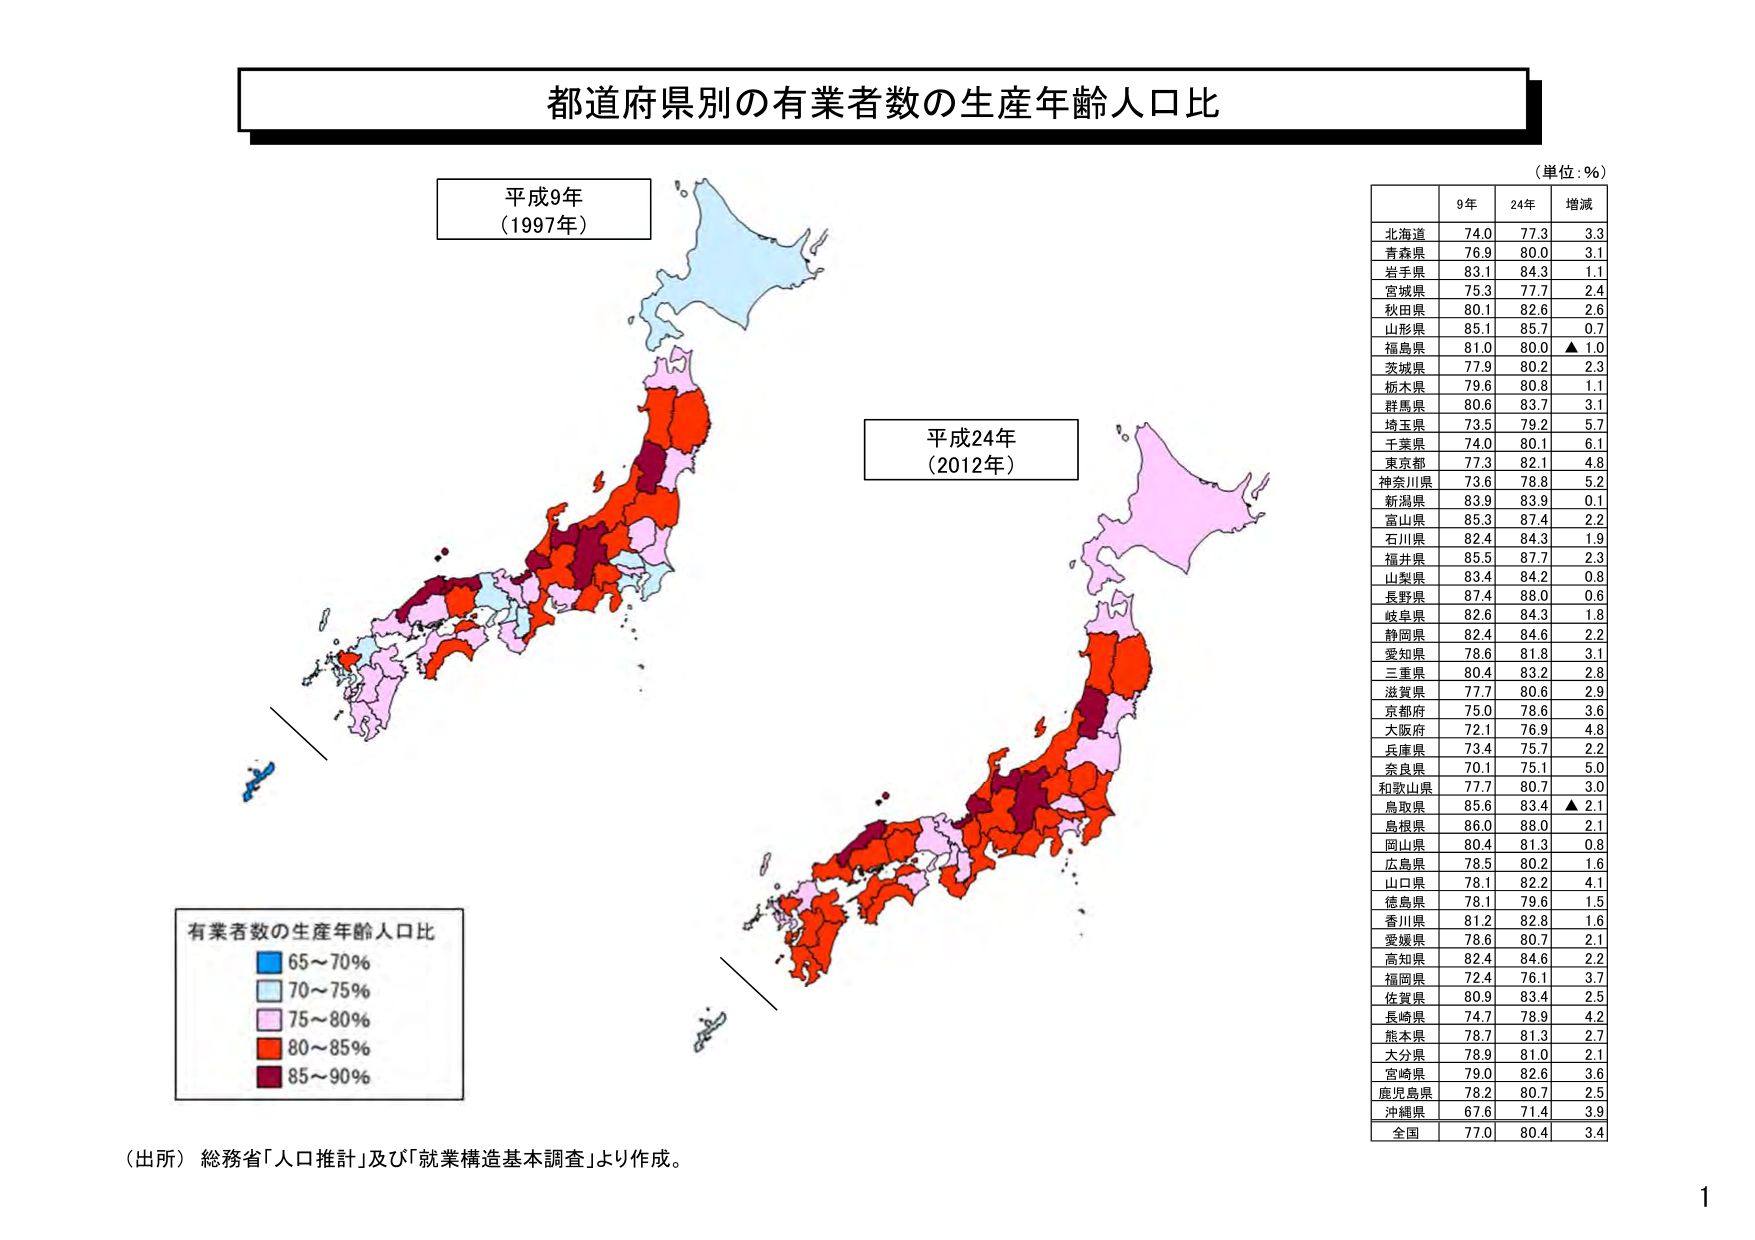
都道府県別の有業者数の生産年齢人口比

平成9年
(1997年)

平成24年
(2012年)

有業者数の生産年齢人口比
■ 65～70%
■ 70～75%
■ 75～80%
■ 80～85%
■ 85～90%

（単位：％）
9年 24年 増減
北海道 74.0 77.3 3.3
青森県 76.9 80.0 3.1
岩手県 83.1 84.3 1.1
宮城県 75.3 77.7 2.4
秋田県 80.1 82.6 2.6
山形県 85.1 85.7 0.7
福島県 81.0 80.0 ▲1.0
茨城県 77.9 80.2 2.3
栃木県 79.6 80.8 1.1
群馬県 80.6 83.7 3.1
埼玉県 73.5 79.2 5.7
千葉県 74.0 80.1 6.1
東京都 77.3 82.1 4.8
神奈川県 73.6 78.8 5.2
新潟県 83.9 83.9 0.1
富山県 85.3 87.4 2.2
石川県 82.4 84.3 1.9
福井県 85.5 87.7 2.3
山梨県 83.4 84.2 0.8
長野県 87.4 88.0 0.6
岐阜県 82.6 84.3 1.8
静岡県 82.4 84.6 2.2
愛知県 78.6 81.8 3.1
三重県 80.4 83.2 2.8
滋賀県 77.7 80.6 2.9
京都府 75.0 78.6 3.6
大阪府 72.1 76.9 4.8
兵庫県 73.4 75.7 2.2
奈良県 70.1 75.1 5.0
和歌山県 77.7 80.7 3.0
鳥取県 85.6 83.4 ▲2.1
島根県 86.0 88.0 2.1
岡山県 80.4 81.3 0.8
広島県 78.5 80.2 1.6
山口県 78.1 82.2 4.1
徳島県 78.1 79.6 1.5
香川県 81.2 82.8 1.6
愛媛県 78.6 80.7 2.1
高知県 82.4 84.6 2.2
福岡県 72.4 76.1 3.7
佐賀県 80.9 83.4 2.5
長崎県 74.7 78.9 4.2
熊本県 78.7 81.3 2.7
大分県 78.9 81.0 2.1
宮崎県 79.0 82.6 3.6
鹿児島県 78.2 80.7 2.5
沖縄県 67.6 71.4 3.9
全国 77.0 80.4 3.4

（出所）総務省「人口推計」及び「就業構造基本調査」より作成。

1